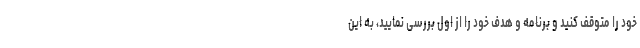
خود را متوقف کنید و برنامه و هدف خود را از اول بررسی نمایید، به این